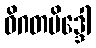
ဝိဂတမိဒ္ဒေါ